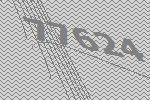
77624